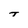
Character: T